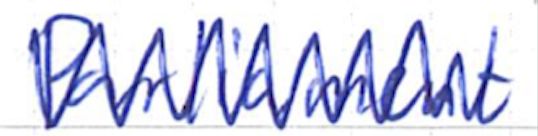
Text: Parliament
Cross-out: zig-zag
Writing tool: ballpoint